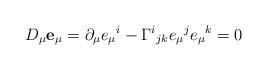
LaTeX: \begin{align*}D_\mu{\bf e}_\mu=\partial_\mu e_\mu{}^i-\Gamma^i{}_{jk}e_\mu{}^je_\mu{}^k=0\end{align*}